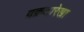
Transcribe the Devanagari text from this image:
वक्रतारेखा